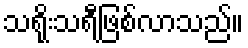
သရိုးသရီဖြစ်လာသည်။